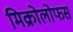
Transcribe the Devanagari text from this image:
मिक्रोलोफस